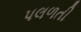
પલળતી